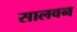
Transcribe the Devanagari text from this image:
सालवन